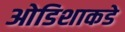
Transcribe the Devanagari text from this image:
ओडिशाकडे